Indian journal of veterinary science and animal husbandry - Volumes 15-17, 1948-1951
Year: 1948
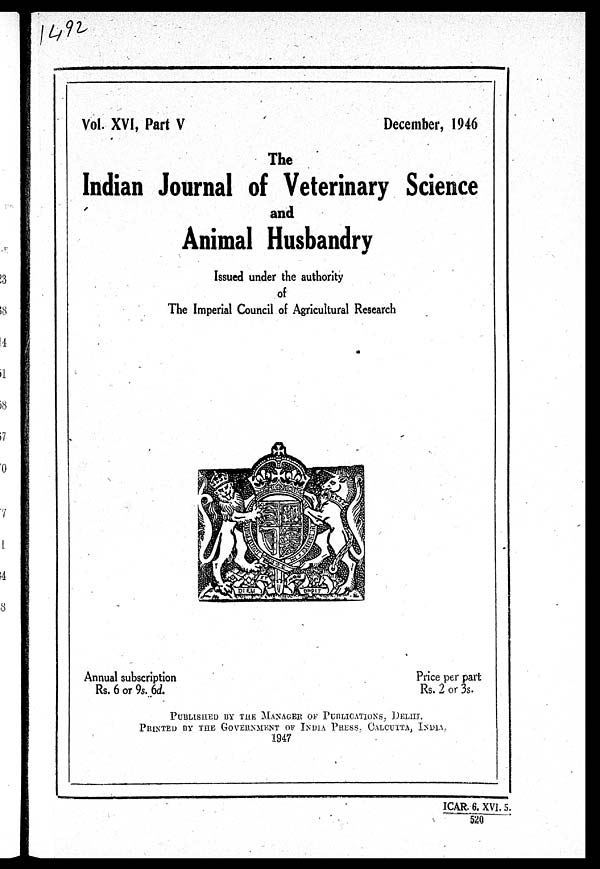
Vol. XVI, Part V
December, 1946
The
Indian Journal of Veterinary Science
and
Animal Husbandry
Issued under the authority
of
The Imperial Council of Agricultural Research
Annual subscription
Rs. 6 or 9s. 6d.
Price per part
Rs. 2 or 3s.
PUBLISHED BY THE MANAGER OF PUBLICATION, DELHI.
PRINTED BY THE GOVERNMENT OF INDIA PRESS. CALCUTTA, INDIA.
1947
ICAR. 6. XVI. 5.
520